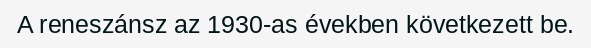
A reneszánsz az 1930-as években következett be.